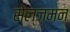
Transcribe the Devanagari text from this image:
सेल्ज़मन